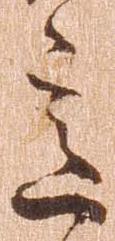
意